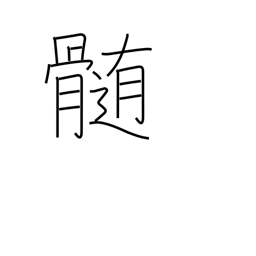
Meaning: essence